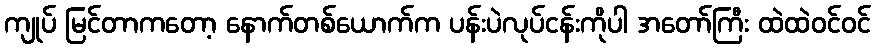
ကျုပ် မြင်တာကတော့ နောက်တစ်ယောက်က ပန်းပဲလုပ်ငန်းကိုပါ အတော်ကြီး ထဲထဲဝင်ဝင်